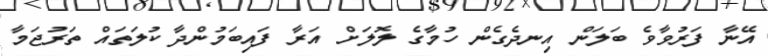
އޭނާ ފަރުވާވެ ބަލަން އިނދެގެން ހުމާގެ ލޮލަށް އަރާ ފައިބަމުންދާ ކުލަތައް ތަރުޖަމާ